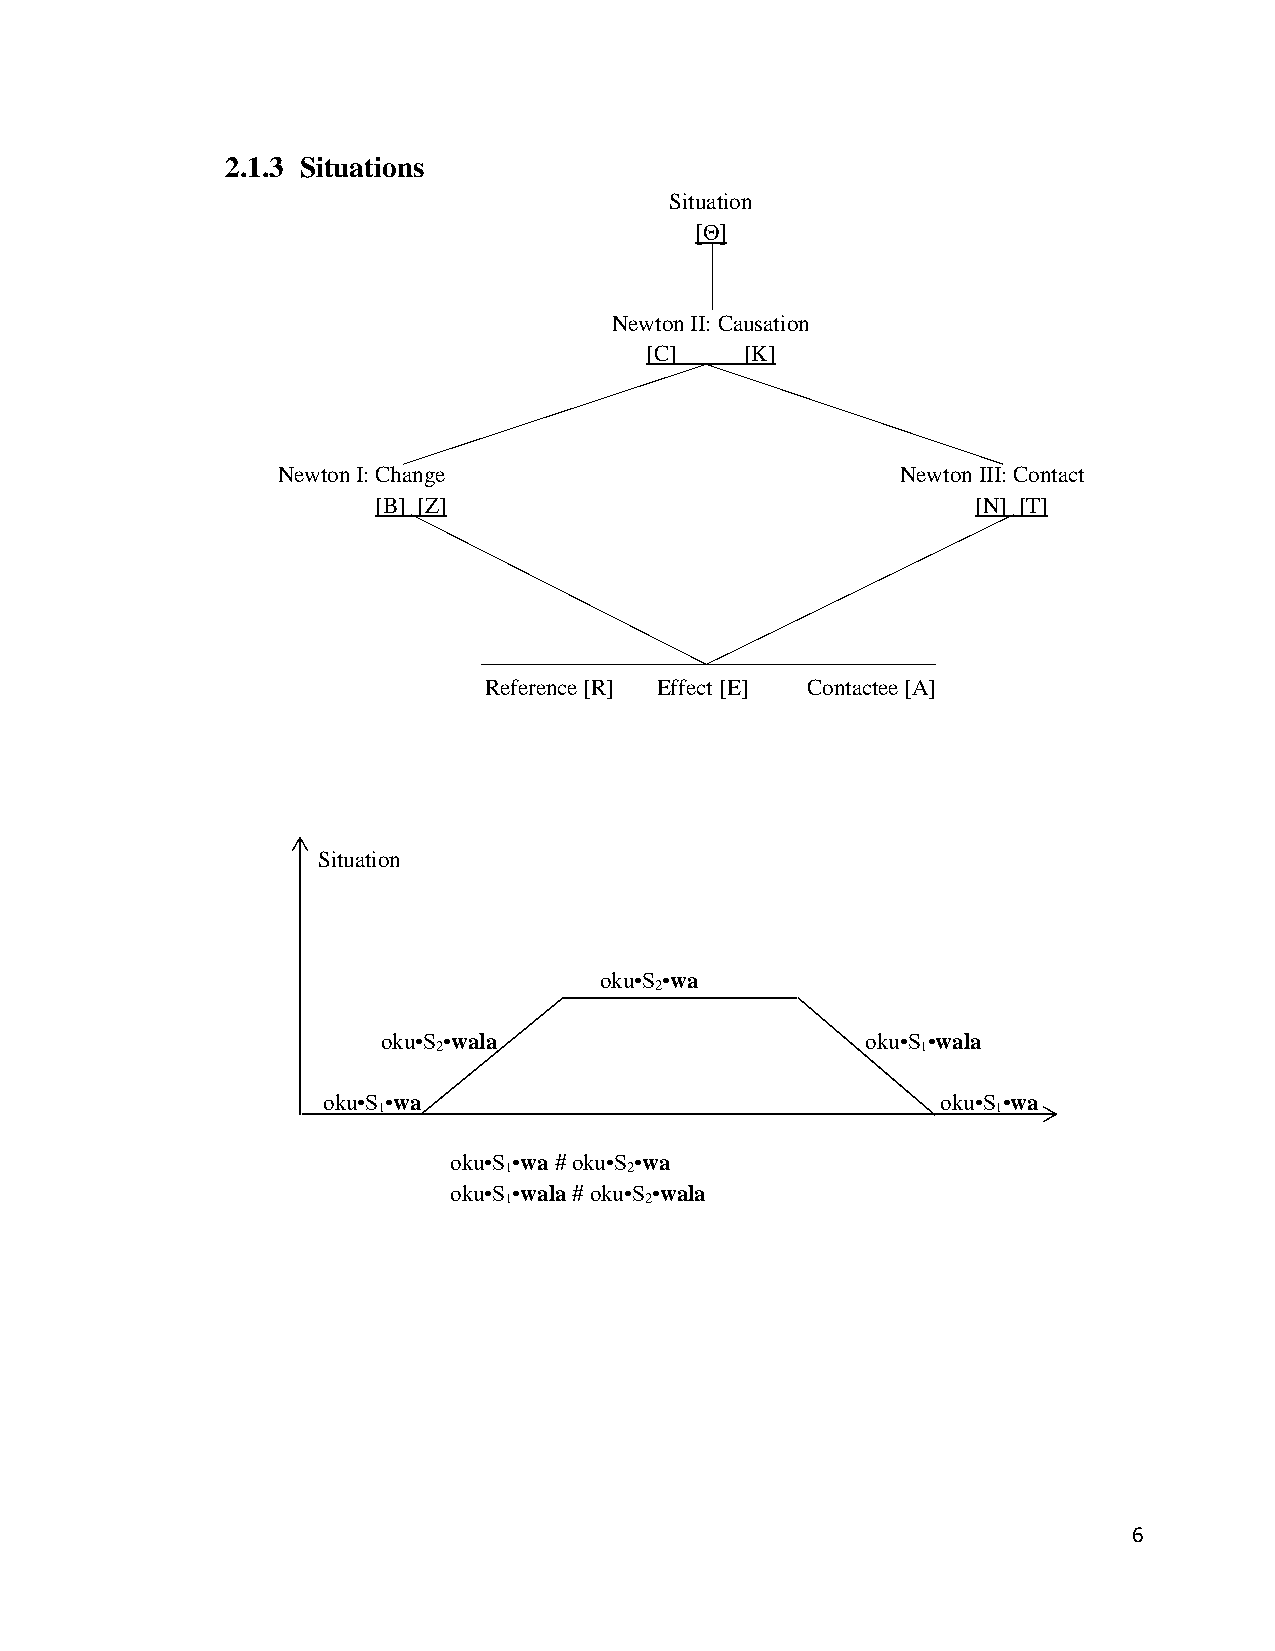
2.1.3 Situations
 Situation
 [Θ]
 Newton II: Causation
 [C]   [K]
 Newton I: Change                          Newton III: Contact
 [B] [Z]                                 [N] [T]
 Reference [R] Effect [E] Contactee [A]
 Situation
 oku•S •wa
 2
 oku•S •wala                     oku•S •wala
 2                               1
 oku•S •wa                                oku•S •wa
 1                                        1
 oku•S •wa # oku•S •wa
 1       2
 oku•S •wala # oku•S •wala
 1         2
 6